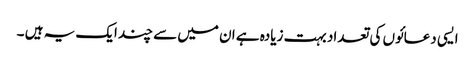
ایسی دعائوں کی تعداد بہت زیادہ ہے ان میں سے چند ایک یہ ہیں ۔